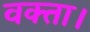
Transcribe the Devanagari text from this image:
वक्ता।